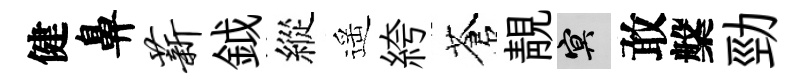
健鼻薪鉞縱遥絝蒼靚冥敢槃勁